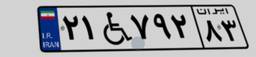
۶۲W۳۶۷۰۱